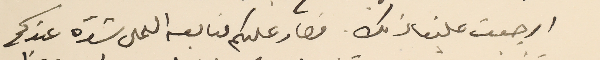
ارجعت علينا ذلك. فصار عليكم متابعه العمل بشدّه عندكم